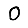
Digit: 0